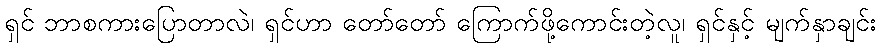
ရှင် ဘာစကားပြောတာလဲ၊ ရှင်ဟာ တော်တော် ကြောက်ဖို့ကောင်းတဲ့လူ၊ ရှင်နှင့် မျက်နှာချင်း